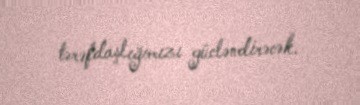
tərəfdaşlığımızı gücləndirəcək.